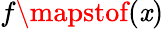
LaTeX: f\mapstof(\mathit{x})